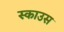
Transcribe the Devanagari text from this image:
स्काउस